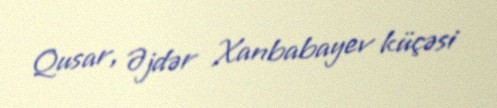
Qusar, Əjdər Xanbabayev küçəsi